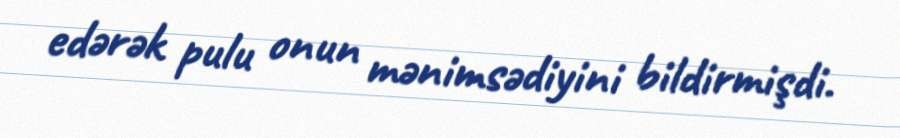
edərək pulu onun mənimsədiyini bildirmişdi.